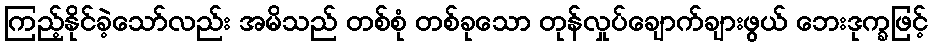
ကြည့်နိုင်ခဲ့သော်လည်း အမိသည် တစ်စုံ တစ်ခုသော တုန်လှုပ်ချောက်ချားဖွယ် ဘေးဒုက္ခဖြင့်